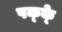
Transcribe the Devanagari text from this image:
पक्‍क्‍े